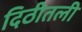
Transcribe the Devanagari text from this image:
दिठीतली